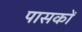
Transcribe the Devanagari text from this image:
पासकों